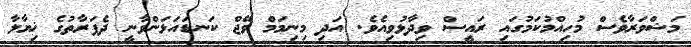
މަޝްވަރާވެސް މުހިއްމުކަމުގައި ރައީސް ވިދާޅުވިއެވެ. އަދި މިނިމަމް ވޭޖް ކަނޑައަޅަންވާނީ ދެފަރާތުގެ ޚިޔާލާ